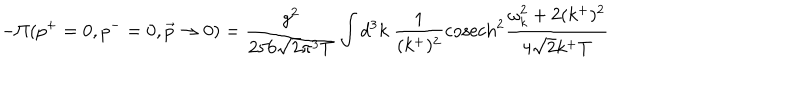
- \Pi ( p ^ { + } = 0 , p ^ { - } = 0 , \vec { p } \rightarrow 0 ) = \frac { g ^ { 2 } } { 2 5 6 \sqrt { 2 } \pi ^ { 3 } T } \int d ^ { 3 } k \; \frac { 1 } { ( k ^ { + } ) ^ { 2 } } \mathrm { c o s e c h } ^ { 2 } \frac { \omega _ { k } ^ { 2 } + 2 ( k ^ { + } ) ^ { 2 } } { 4 \sqrt { 2 } k ^ { + } T }